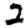
Digit: 2